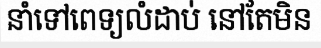
នាំទៅពេទ្យលំដាប់ នៅតែមិន